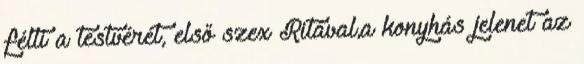
félti a testvérét, első szex Ritával,a konyhás jelenet az